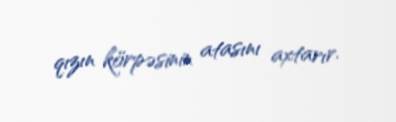
qızın körpəsinin atasını axtarır.